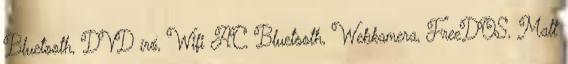
Bluetooth, DVD író, Wifi AC, Bluetooth, Webkamera, FreeDOS, Matt